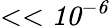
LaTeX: <<\mathit{{10^{-6}}}